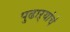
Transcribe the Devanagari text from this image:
पुढाऱ्यांचे